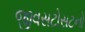
જીવસટોસટનો